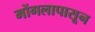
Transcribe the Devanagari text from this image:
मोंगलापासून